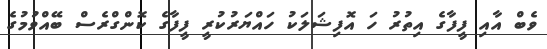
ވެބް އާއި ފީފާގެ އިތުރު ހަ އޮފިޝަލަކު ހައްޔަރުކުރީ ފީފާގެ ކޮންގްރެސް ބޭއްވުމުގެ